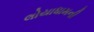
લોયાધામની